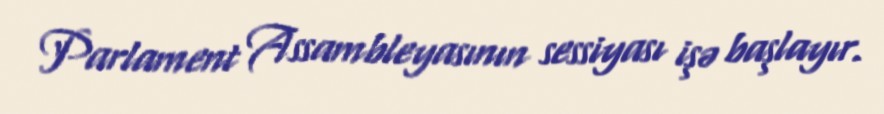
Parlament Assambleyasının sessiyası işə başlayır.